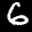
Label: 6